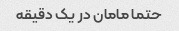
حتما مامان در یک دقیقه